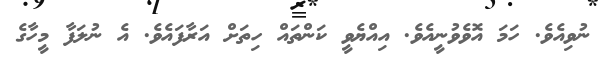
ނުވިއެވެ. ހަމަ އޮވެވުނީއެވެ. އިއްޔެވީ ކަންތައް ހިތަށް އަރާފައެވެ. އެ ނުލަފާ މީހާގެ